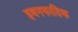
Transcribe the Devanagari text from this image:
इवनफातिक